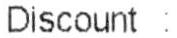
DISCOUNT :